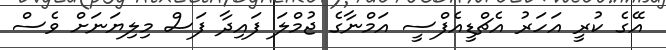
އޭގެ ކުރީ އަހަރު އެޗްޑީއެފްސީ އަމްނާގެ ޖުމްލަ ފައިދާ ފަސް މިލިޔަނަށް ވެސް